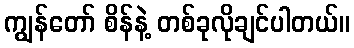
ကျွန်တော် စိန်နဲ့ တစ်ခုလိုချင်ပါတယ်။